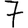
Digit: 7